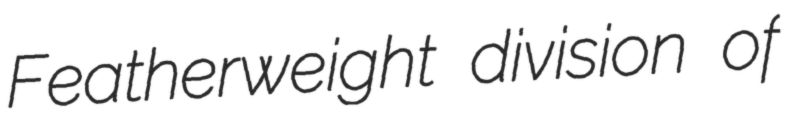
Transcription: Featherweight division of